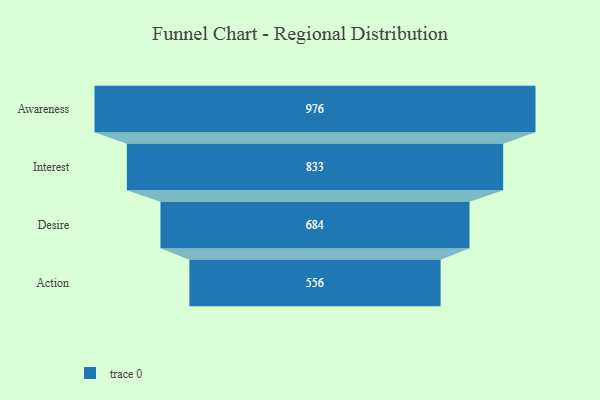
{"axis": {"x": "Stage", "y": "Value"}, "legend": [""], "data": [{"x": "Awareness", "y": 976.0, "type": ""}, {"x": "Interest", "y": 833.0, "type": ""}, {"x": "Desire", "y": 684.0, "type": ""}, {"x": "Action", "y": 556.0, "type": ""}]}